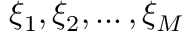
\xi _ { 1 } , \xi _ { 2 } , \dots , \xi _ { M }